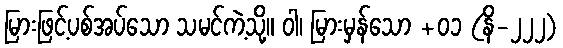
မြားဖြင့်ပစ်အပ်သော သမင်ကဲ့သို့။ ဝါ၊ မြားမှန်သော +၀၁ (နိ-၂၂၂)